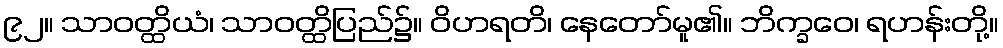
၉၂။ သာဝတ္ထိယံ၊ သာဝတ္ထိပြည်၌။ ဝိဟရတိ၊ နေတော်မူ၏။ ဘိက္ခဝေ၊ ရဟန်းတို့။